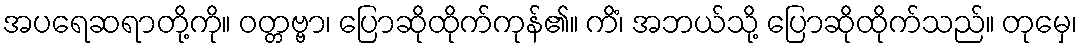
အပရေဆရာတို့ကို။ ဝတ္တဗ္ဗာ၊ ပြောဆိုထိုက်ကုန်၏။ ကိံ၊ အဘယ်သို့ ပြောဆိုထိုက်သည်။ တုမှေ၊